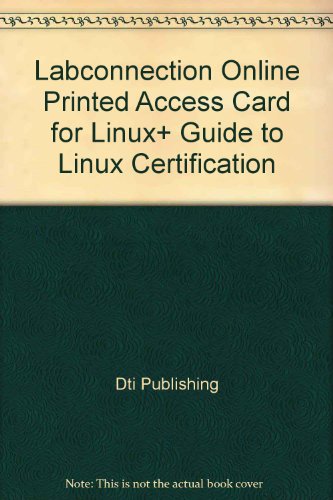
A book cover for LabConnection Online Printed Access Card for Linux+ Guide to Linux Certification; dti Publishing; Computers & Technology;